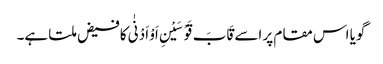
گویا اس مقام پر اسے قَابَ قَوْسَیْنِ اَوْ اَدْنٰی کافیض ملتا ہے۔